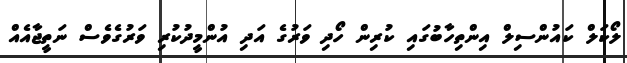
ލޯކަލް ކައުންސިލް އިންތިހާބުގައި ކުރިން ހޯދި ވަރުގެ އަދި އުންމީދުކުރި ވަރުގެވެސް ނަތީޖާއެއް